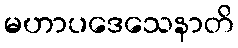
မဟာပဒေသေနာတိ